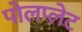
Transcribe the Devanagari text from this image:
पोलप्लेट